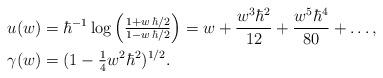
LaTeX: \begin{align*}u(w)&=\hbar^{-1}\log \left(\tfrac{1+w \,\hbar/2}{1-w\,\hbar/2}\right)=w+\frac{w^3 \hbar ^2}{12}+\frac{w^5 \hbar ^4}{80}+\dots,\\\gamma(w)&=(1-\tfrac14w^2\hbar^2)^{1/2}.\end{align*}